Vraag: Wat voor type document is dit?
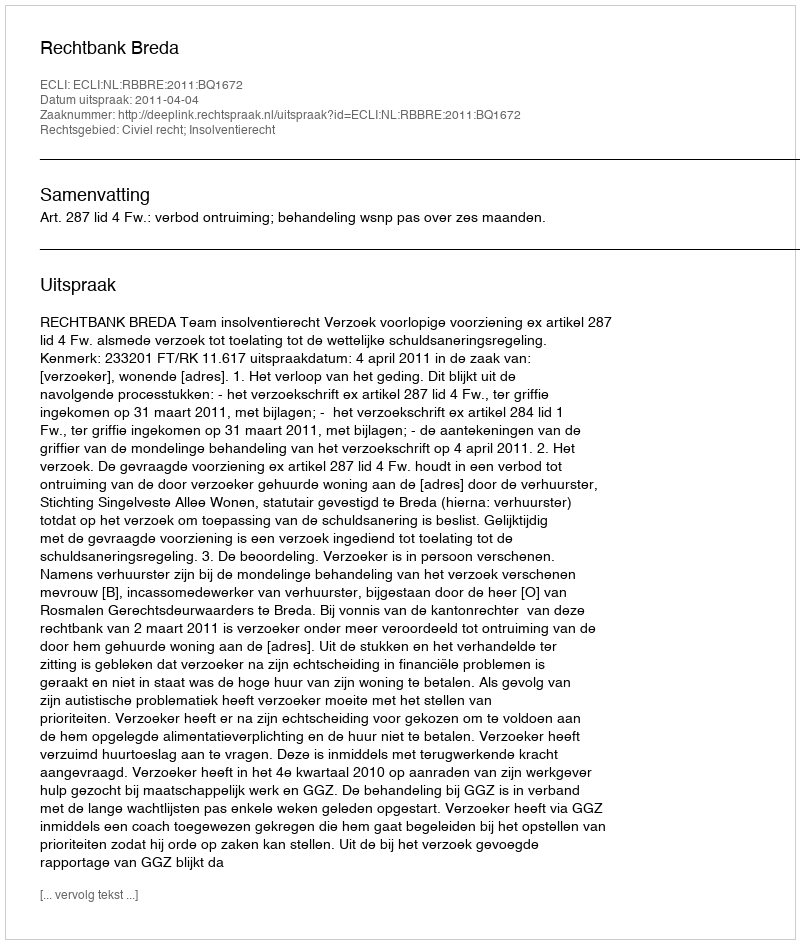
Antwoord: Uitspraak